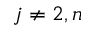
j \neq 2 , n